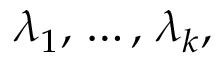
\lambda _ { 1 } , \, \ldots , \, \lambda _ { k } ,